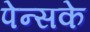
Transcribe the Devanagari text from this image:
पेन्सके